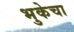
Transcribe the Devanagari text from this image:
भुकेचा